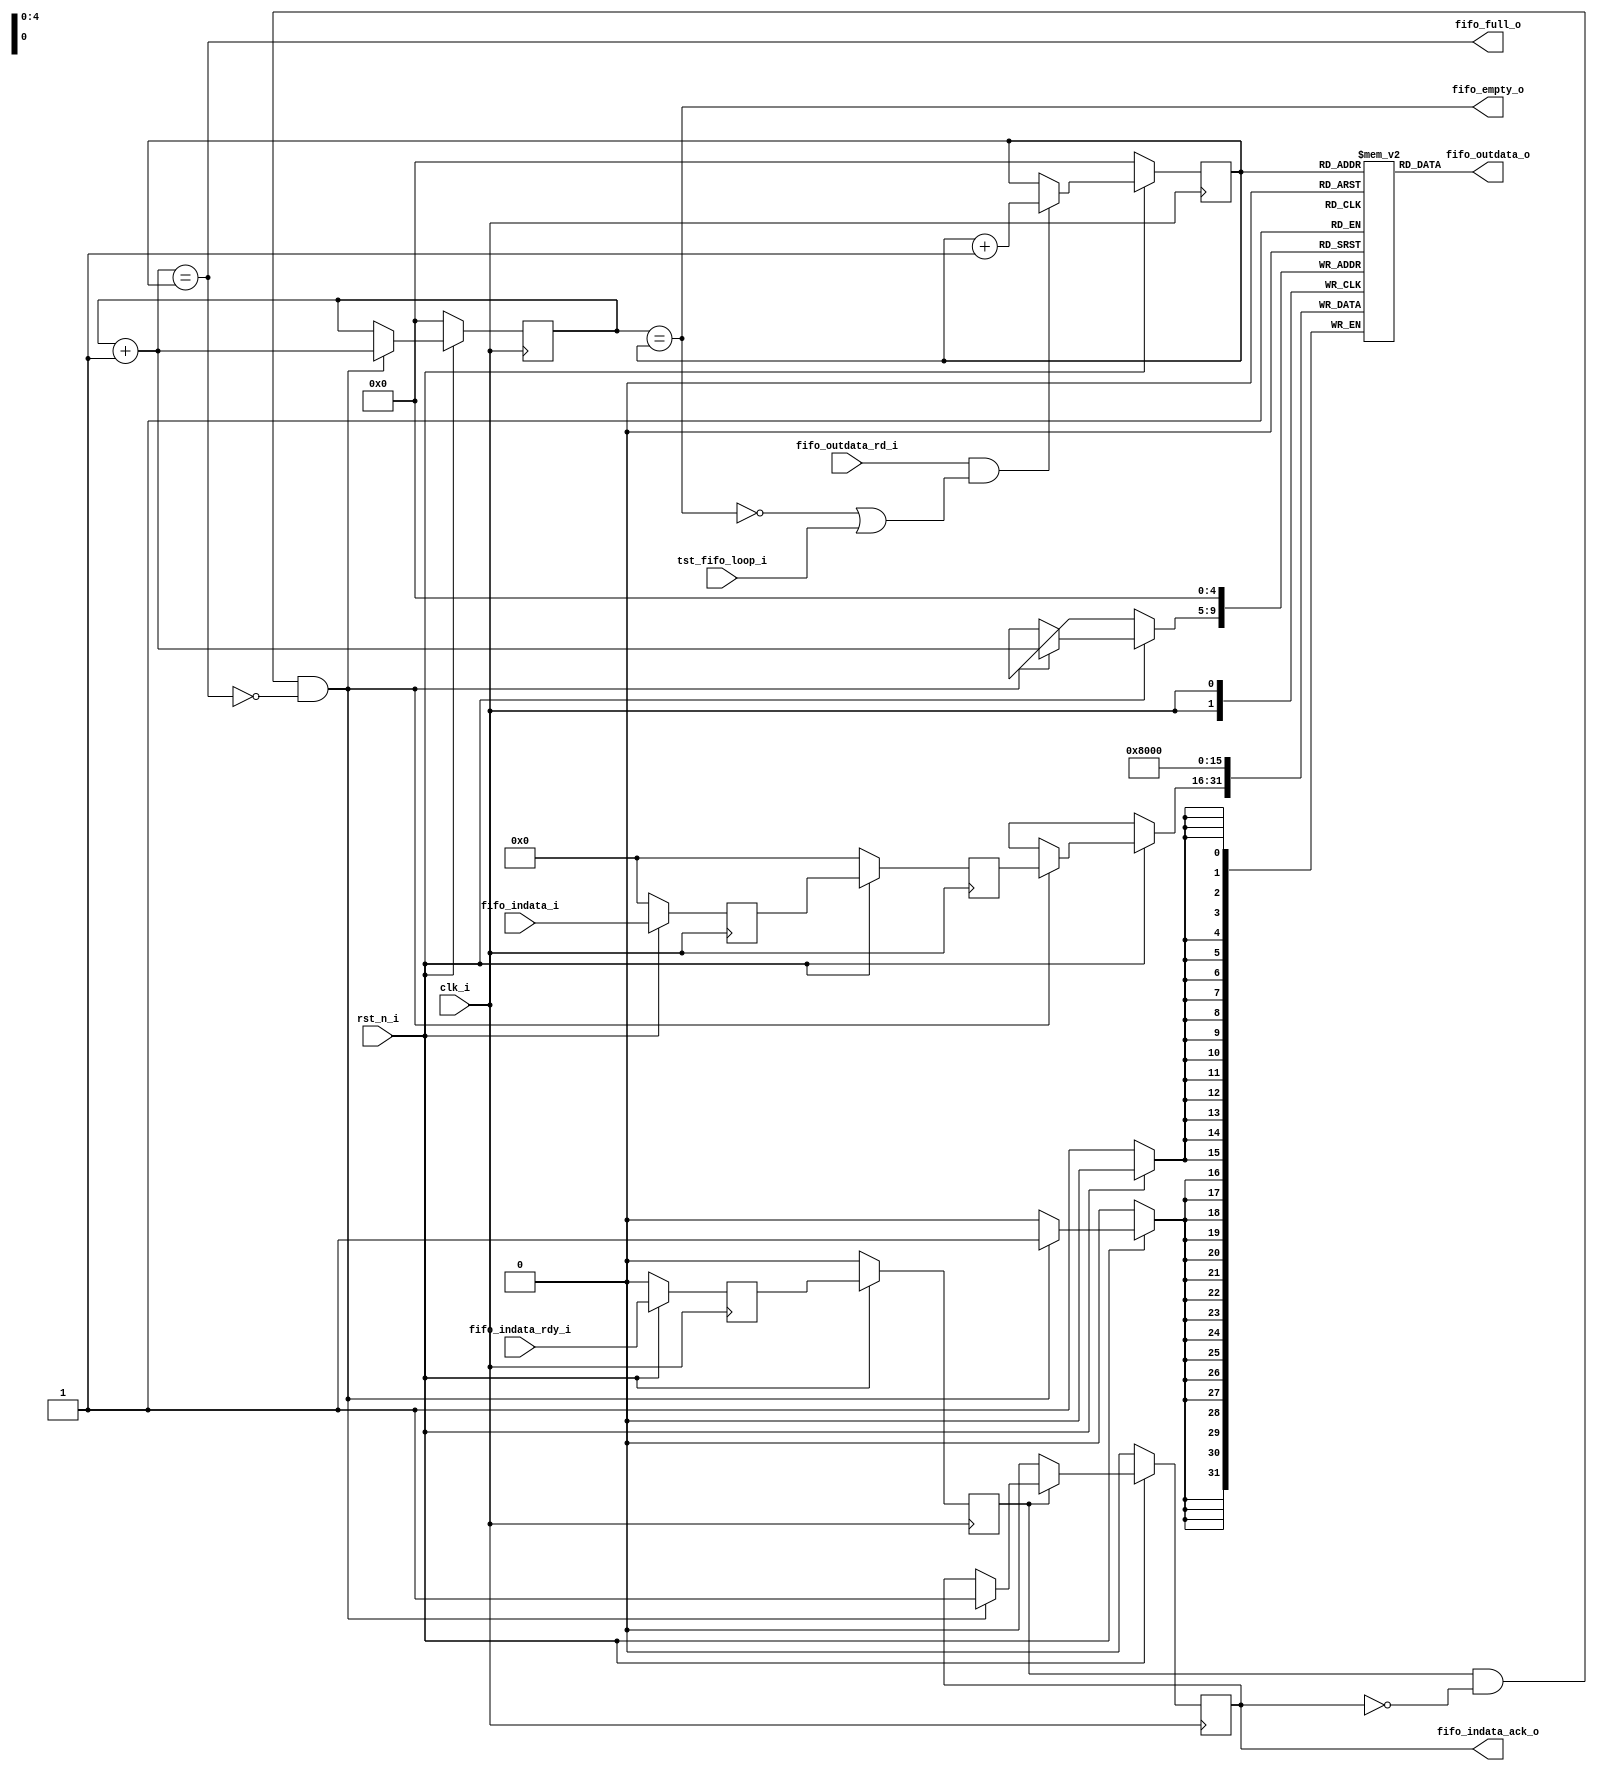
/*
 * AUDIODAC_FIFO -- Configurable FIFO based on ring-buffer
 *
 * SPDX-FileCopyrightText: 2021-2022 Harald Pretl (harald.pretl@jku.at)
 * Johannes Kepler University Linz, Institute for Integrated Circuits
 *
 * Parameters:
 *		WIDTH 				... input data bitwidth (default 16b)
 *		FIFO_SIZE			... depth of FIFO (in power of 2; default 5 = 32 entries)
 *		FIFO_ASYNC			... if set to 1, FIFO input is treated asynchronous;
 *								if set to 0, FIFO input is treated as synchronous
 *
 * Ports:
 *		fifo_indata_i		... input data
 *		fifo_indata_rdy_i	... indicates that data is ready from source
 *		fifo_indata_ack_o	... signales to source that datum has been taken into FIFO
 *
 *		fifo_full_o			... indicates a full FIFO, no further datum will be
 *								acknowledged into FIFO
 *		fifo_empty_o		... indicates an empty FIFO, if datum is read from an empty
 *								FIFO then the last datum will be output
 *
 *		fifo_outdata_o		... output data
 *		fifo_outdata_rd_o	... the next output datum is selected (if FIFO is not empty)
 *
 *		rst_n_i				... reset (low active)
 *		clk_i				... clock of FIFO
 *
 *		tst_fifo_loop_i		... enables a test mode where the data in the FIFO is looped
 *								at the output
 *
 * SPDX-License-Identifier: Apache-2.0
 */

`default_nettype none
`timescale 10ns / 1ns
`ifndef __AUDIOAC_FIFO__
`define __AUDIOAC_FIFO__

module audiodac_fifo
#(
	parameter WIDTH=16, FIFO_SIZE=5, FIFO_ASYNC=1
) (
	// 0=sync, 1=async write I/F

	input		[WIDTH-1:0]	fifo_indata_i,
	input					fifo_indata_rdy_i,
	// note that fifo_indata_i and fifo_indata_rdy_i could originate from 
	// an asynchronous clk domain, so potentially needs to be synchronized
	// use FIFO_ASYNC=1 to select the proper behaviour
	output reg				fifo_indata_ack_o,
	output wire				fifo_full_o,
	output wire				fifo_empty_o,
	output wire	[WIDTH-1:0]	fifo_outdata_o,
	input					fifo_outdata_rd_i,
	input					rst_n_i,
	input					clk_i,
	input					tst_fifo_loop_i
);

	reg		[FIFO_SIZE-1:0]	read_ptr, write_ptr;
	wire	[FIFO_SIZE-1:0]	next_write;
	reg		[WIDTH-1:0]		fifo_store[0:(1<<FIFO_SIZE)-1];
	// needed for asynch. I/F synchronization (2 stages)
	reg						fifo_rdy_del1, fifo_rdy_del2;
	reg		[WIDTH-1:0]		fifo_data_del1, fifo_data_del2;
	wire					fifo_rdy;
	wire	[WIDTH-1:0]		fifo_data;

	assign fifo_full_o = (next_write == read_ptr);
	assign fifo_empty_o = (write_ptr == read_ptr);

	assign fifo_outdata_o = fifo_store[read_ptr];
	assign next_write = write_ptr + 1'b1;

	assign fifo_rdy = FIFO_ASYNC ? fifo_rdy_del2 : fifo_indata_rdy_i;
	assign fifo_data = FIFO_ASYNC ? fifo_data_del2 : fifo_indata_i;

	always @(posedge clk_i) begin
		if (!rst_n_i) begin
			// reset all registers
			fifo_indata_ack_o <= 1'b0;
			read_ptr <= {FIFO_SIZE{1'b0}};
			write_ptr <= {FIFO_SIZE{1'b0}};

			// only first FIFO input needs to be reset, we put in a midscale UINT
			fifo_store[0] <= {1'b1,{(WIDTH-1){1'b0}}};

			fifo_rdy_del1 <= 1'b0;
			fifo_rdy_del2 <= 1'b0;
			fifo_data_del1 <= {WIDTH{1'b0}};
			fifo_data_del2 <= {WIDTH{1'b0}};
		end else begin
			// use two stages to sync-in fifo_indata_rdy_i
			fifo_rdy_del2 <= fifo_rdy_del1;
			fifo_rdy_del1 <= fifo_indata_rdy_i;
			// use two stages to sync-in fifo_indata_i
			fifo_data_del2 <= fifo_data_del1;
			fifo_data_del1 <= fifo_indata_i;

			// manage the FIFO read process, if fifo_outdata_rd_i is asserted
			// the read pointer location is increased, as long as
			// the FIFO is not empty. note that there is an inherent
			// wrap-around due to truncation.
			
			if (fifo_outdata_rd_i && (!fifo_empty_o || tst_fifo_loop_i))
				read_ptr <= read_ptr + 1'b1;
		
			// manage the FIFO write process. if fifo_rdy is
			// asserted, and the FIFO is not full, the write
			// pointer is increased and the datum is written into
			// the FIFO. further the transfer is acknowledged
			
			if (fifo_rdy && !fifo_indata_ack_o && !fifo_full_o) begin
				write_ptr <= next_write;
				fifo_store[next_write] <= fifo_data;
				fifo_indata_ack_o <= 1'b1;
			end

			if (!fifo_rdy)
				fifo_indata_ack_o <= 1'b0;
		end
	end

endmodule // audiodac_fifo

`endif
`default_nettype wire